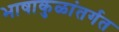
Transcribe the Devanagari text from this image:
भाषाकुळांतर्गत